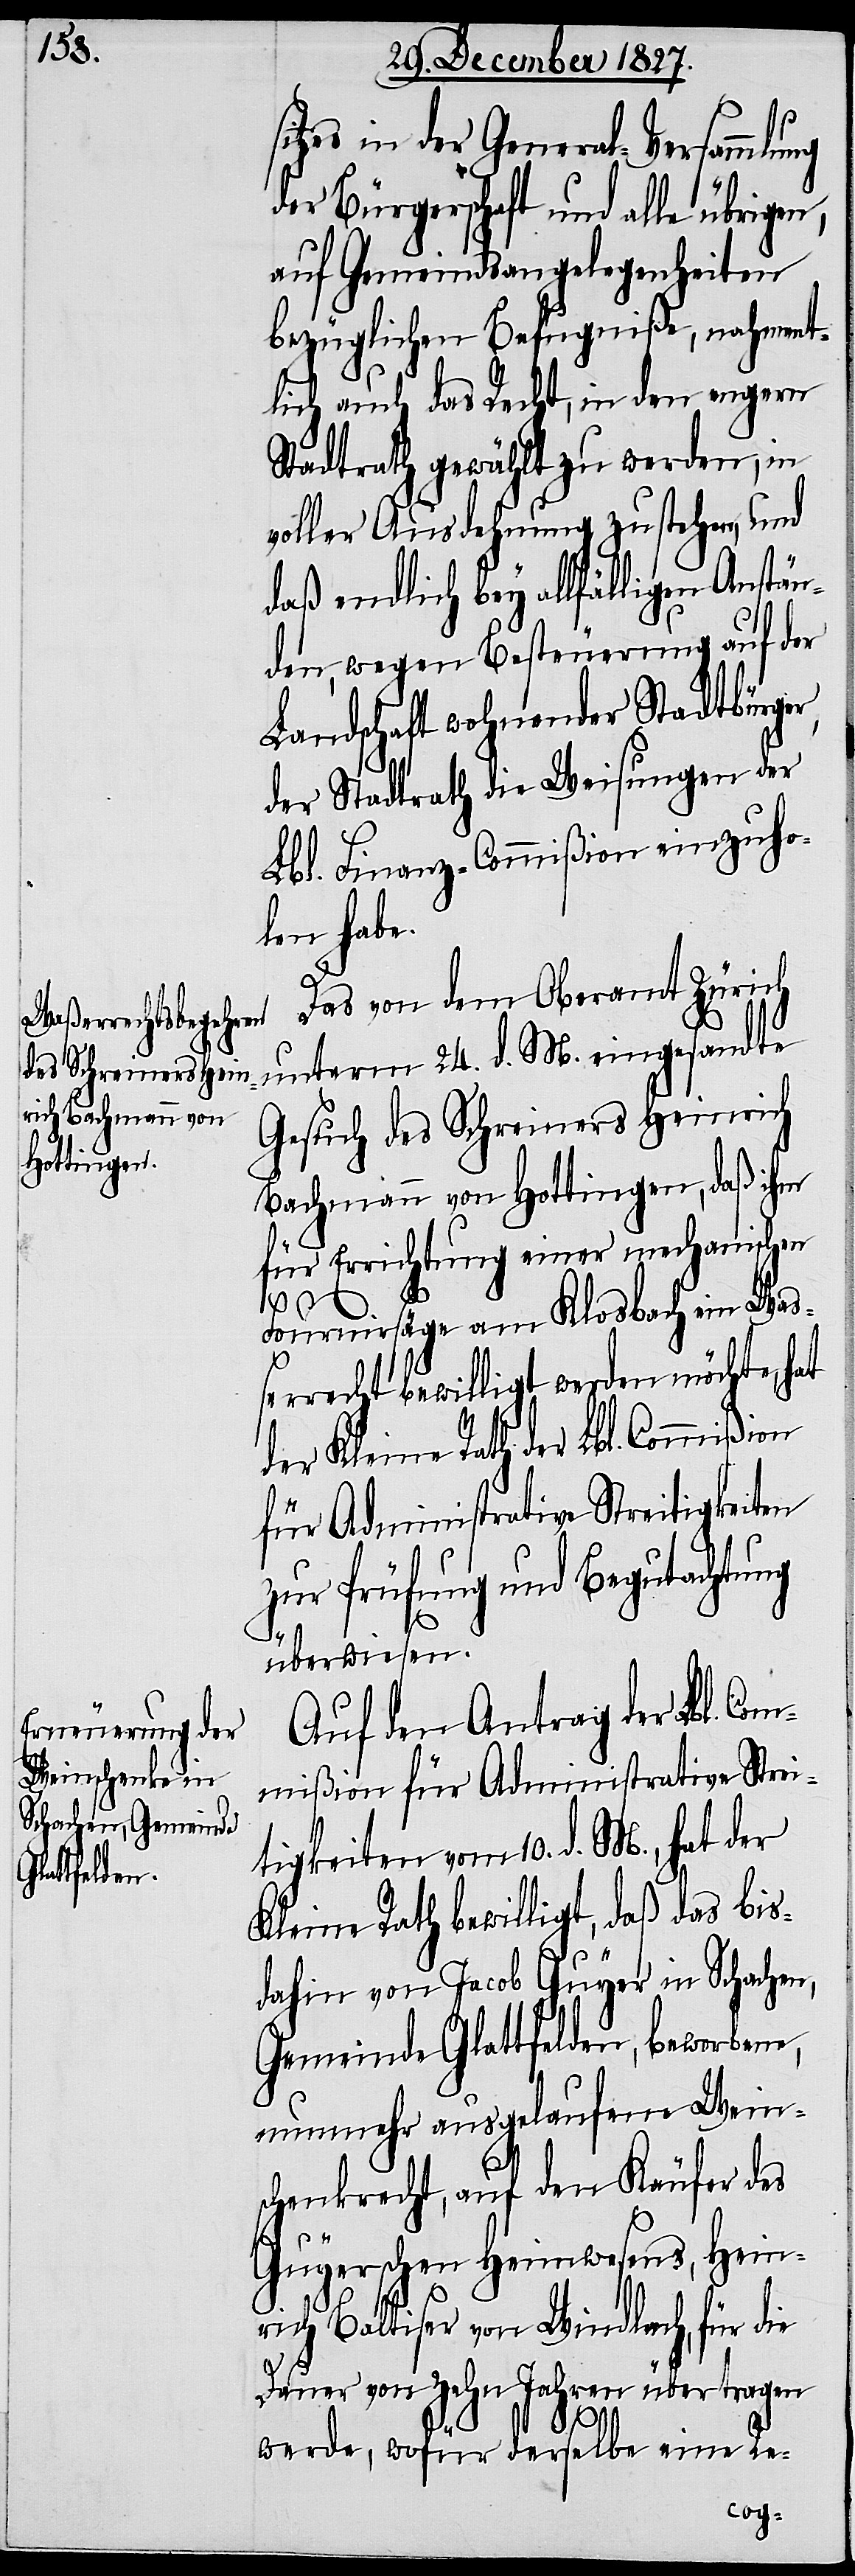
itzes in der General-Versammlung
der Bürgerschaft und alle übrigen,
auf Gemeindsangelegenheiten
bezüglichen Befugniße, nahment¬
lich auch das Recht, in den engern
Stadtrath gewählt zu werden, in
voller Ausdehnung zu stehen, und
daß endlich bey allfälligen Anstän¬
den, wegen Besteuerung auf der
Landschaft wohnender Stadtbürger,
der Stadtrath die Weisungen der
Lbl. Finanz-Commißion einzuho¬
len habe.
Das von dem Oberamt Zürich
unterm 24. d. M. eingesandte
Gesuch des Schreiners Heinrich
Bachmann von Hottingen, daß ihm
für Errichtung einer mechanischen
Fournirsäge am Klosbach ein Wa¬
ßerrecht bewilligt werden möchte, hat
der Kleine Rath der Lbl. Commißion
für Administrative Streitigkeiten
zur Prüfung und Begutachtung
überwiesen.
Auf den Antrag der Lbl. Com¬
mißion für Administrative Strei¬
tigkeiten vom 10. d. M., hat der
Kleine Rath bewilligt, daß das bis
dahin von Jacob Guyer in Schachen,
Gemeinde Glattfelden, beworbene,
nunmehr ausgelaufene Wein¬
schenkrecht, auf den Käufer des
s¬
Guyerschen Heimwesens, Hein¬
rich Baltiser von Windlach, für die
Dauer von Zehn Jahren übertragen
werde, wofür derselbe eine Re-